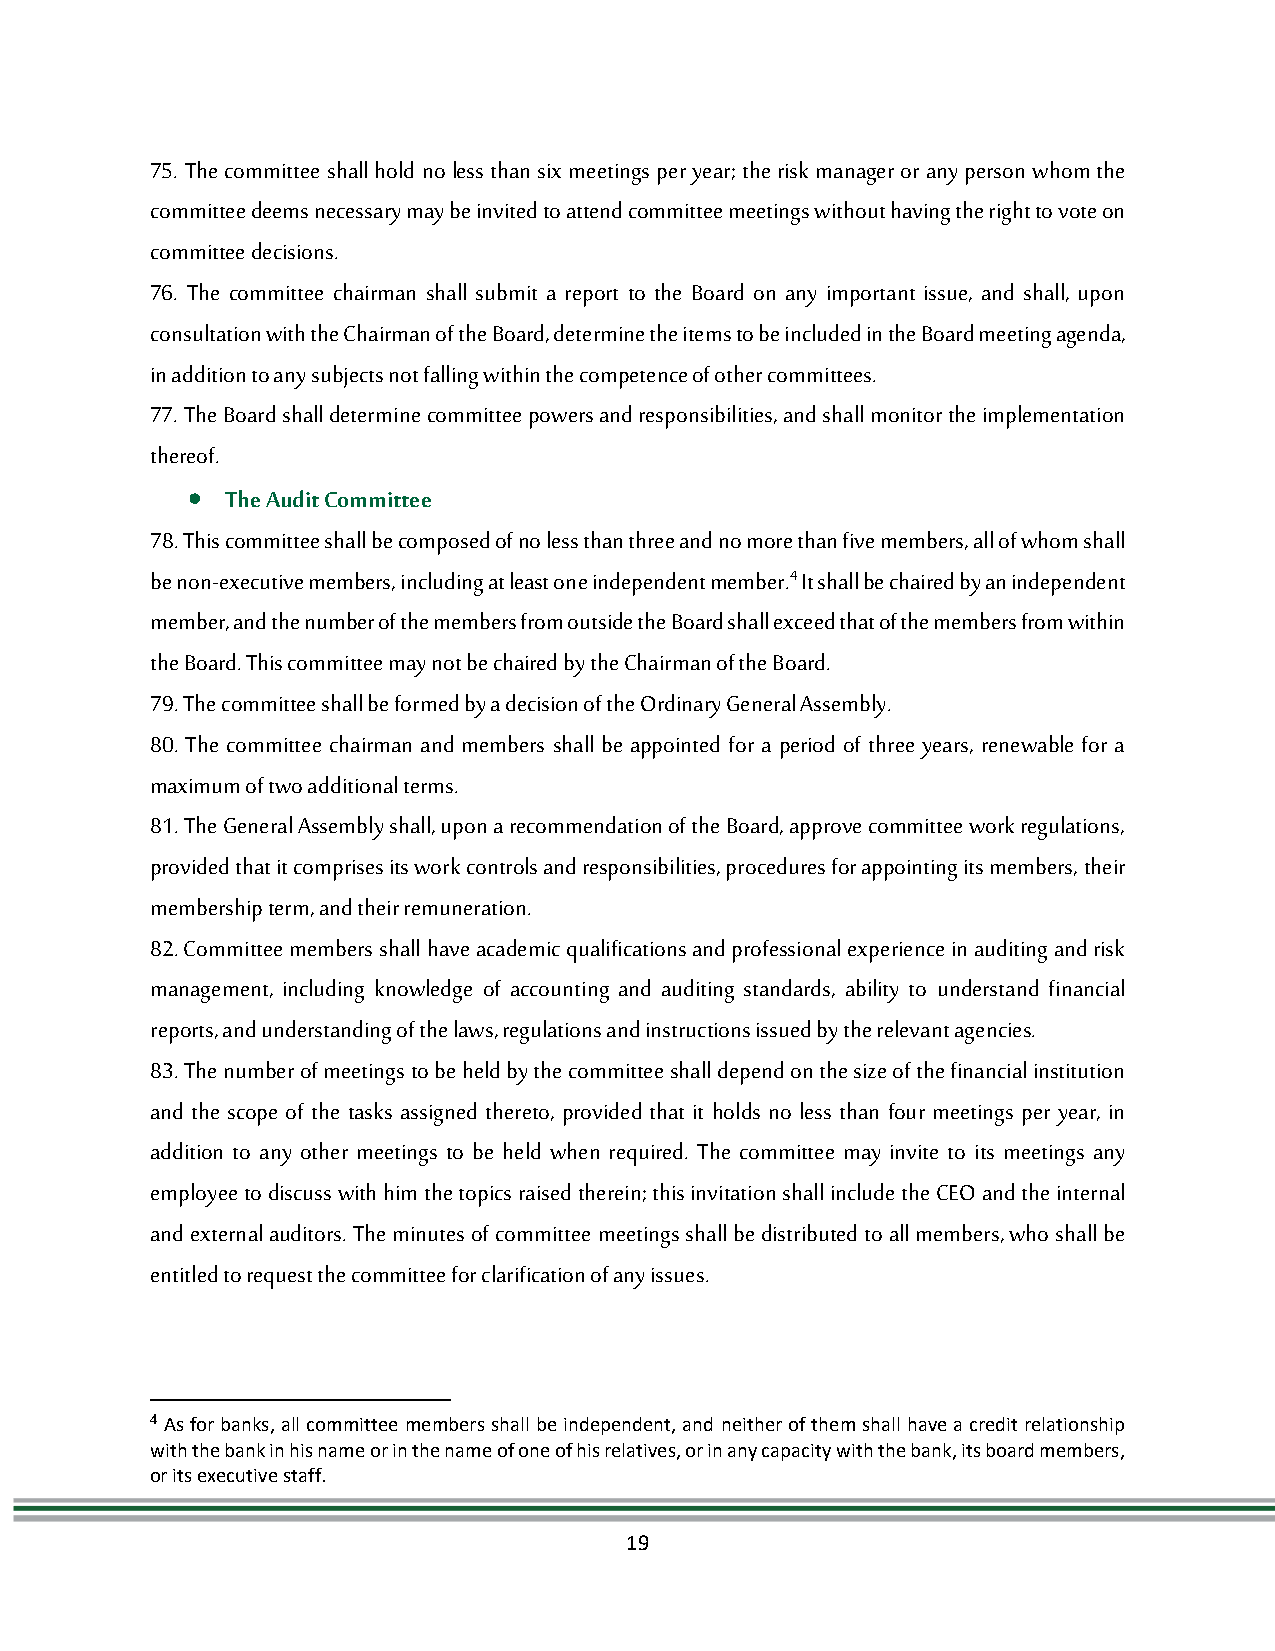
75. The committee shall hold no less than six meetings per year; the risk manager or any person whom the
 committee deems necessary may be invited to attend committee meetings without having the right to vote on
 committee decisions.
 76. The committee chairman shall submit a report to the Board on any important issue, and shall, upon
 consultation with the Chairman of the Board, determine the items to be included in the Board meeting agenda,
 in addition to any subjects not falling within the competence of other committees.
 77. The Board shall determine committee powers and responsibilities, and shall monitor the implementation
 thereof.
   The Audit Committee
 78. This committee shall be composed of no less than three and no more than five members, all of whom shall
 be non-executive members, including at least one independent member.4 It shall be chaired by an independent
 member, and the number of the members from outside the Board shall exceed that of the members from within
 the Board. This committee may not be chaired by the Chairman of the Board.
 79. The committee shall be formed by a decision of the Ordinary General Assembly.
 80. The committee chairman and members shall be appointed for a period of three years, renewable for a
 maximum of two additional terms.
 81. The General Assembly shall, upon a recommendation of the Board, approve committee work regulations,
 provided that it comprises its work controls and responsibilities, procedures for appointing its members, their
 membership term, and their remuneration.
 82. Committee members shall have academic qualifications and professional experience in auditing and risk
 management, including knowledge of accounting and auditing standards, ability to understand financial
 reports, and understanding of the laws, regulations and instructions issued by the relevant agencies.
 83. The number of meetings to be held by the committee shall depend on the size of the financial institution
 and the scope of the tasks assigned thereto, provided that it holds no less than four meetings per year, in
 addition to any other meetings to be held when required. The committee may invite to its meetings any
 employee to discuss with him the topics raised therein; this invitation shall include the CEO and the internal
 and external auditors. The minutes of committee meetings shall be distributed to all members, who shall be
 entitled to request the committee for clarification of any issues.
 4 As for banks, all committee members shall be independent, and neither of them shall have a credit relationship
 with the bank in his name or in the name of one of his relatives, or in any capacity with the bank, its board members,
 or its executive staff.
 19